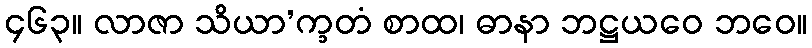
၄၆၃။ လာဇာ သိယာ’က္ခတံ စာထ၊ ဓာနာ ဘဋ္ဌယဝေ ဘဝေ။